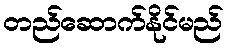
တည်ဆောက်နိုင်မည်